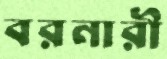
বরনারী